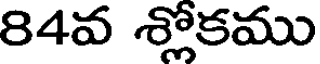
84వ శ్లోకము